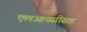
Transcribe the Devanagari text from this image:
एलआयसीसह